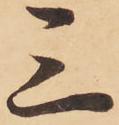
三